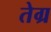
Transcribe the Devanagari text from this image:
तेग्र